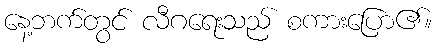
နေ့ဘက်တွင် လီဂရေးသည် စကားပြော၏။